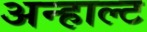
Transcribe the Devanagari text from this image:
अन्हाल्ट